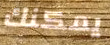
يمكنك